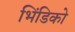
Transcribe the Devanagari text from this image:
भिंडिको